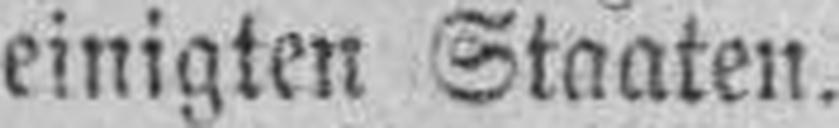
einigten Staaten.